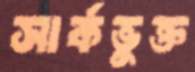
সার্কভুক্ত